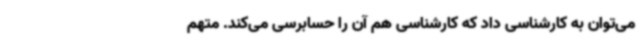
می‌توان به کارشناسی داد که کارشناسی هم آن را حسابرسی می‌کند. متهم